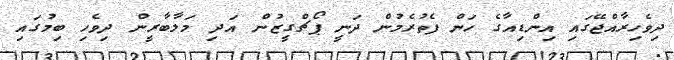
ދިވެހިރާއްޖޭގައި އިންޑިއާގެ ހަން ފެތުރެމުން ދަނީ ޕޯޗްގީޒުން އަދި މަލާބާރީން ދިވެހި ބިމުގައި